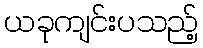
ယခုကျင်းပသည့်